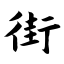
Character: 街